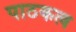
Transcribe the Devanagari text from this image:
पाठकत्व